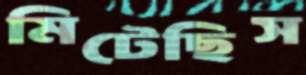
মিটেছিস